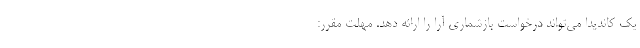
یک کاندیدا می‌تواند درخواست بازشماری آرا را ارائه دهد. مهلت مقرر: